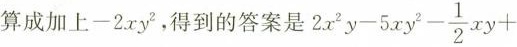
算成加上-2xy^{2}，得到的答案是$$2 x^{2} y - 5 x y^{2} - \frac{1}{2} x y +$$